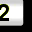
Digit: 2